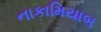
નાકામિયાબ